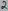
Text: 2